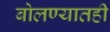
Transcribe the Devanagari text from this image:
बोलण्यातही